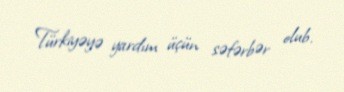
Türkiyəyə yardım üçün səfərbər olub.